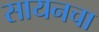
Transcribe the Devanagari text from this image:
सायनचा